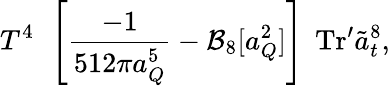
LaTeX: T^{4}\: \: \left[\frac{-1}{512\pi a_{Q}^{5}}-{\cal B}_{8}[a_{Q}^{2}]\right]\: \: \mathrm{Tr}^{\prime}\tilde{a}_{t}^{8},